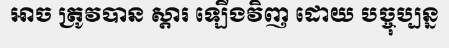
អាច ត្រូវបាន ស្តារ ឡើងវិញ ដោយ បច្ចុប្បន្ន